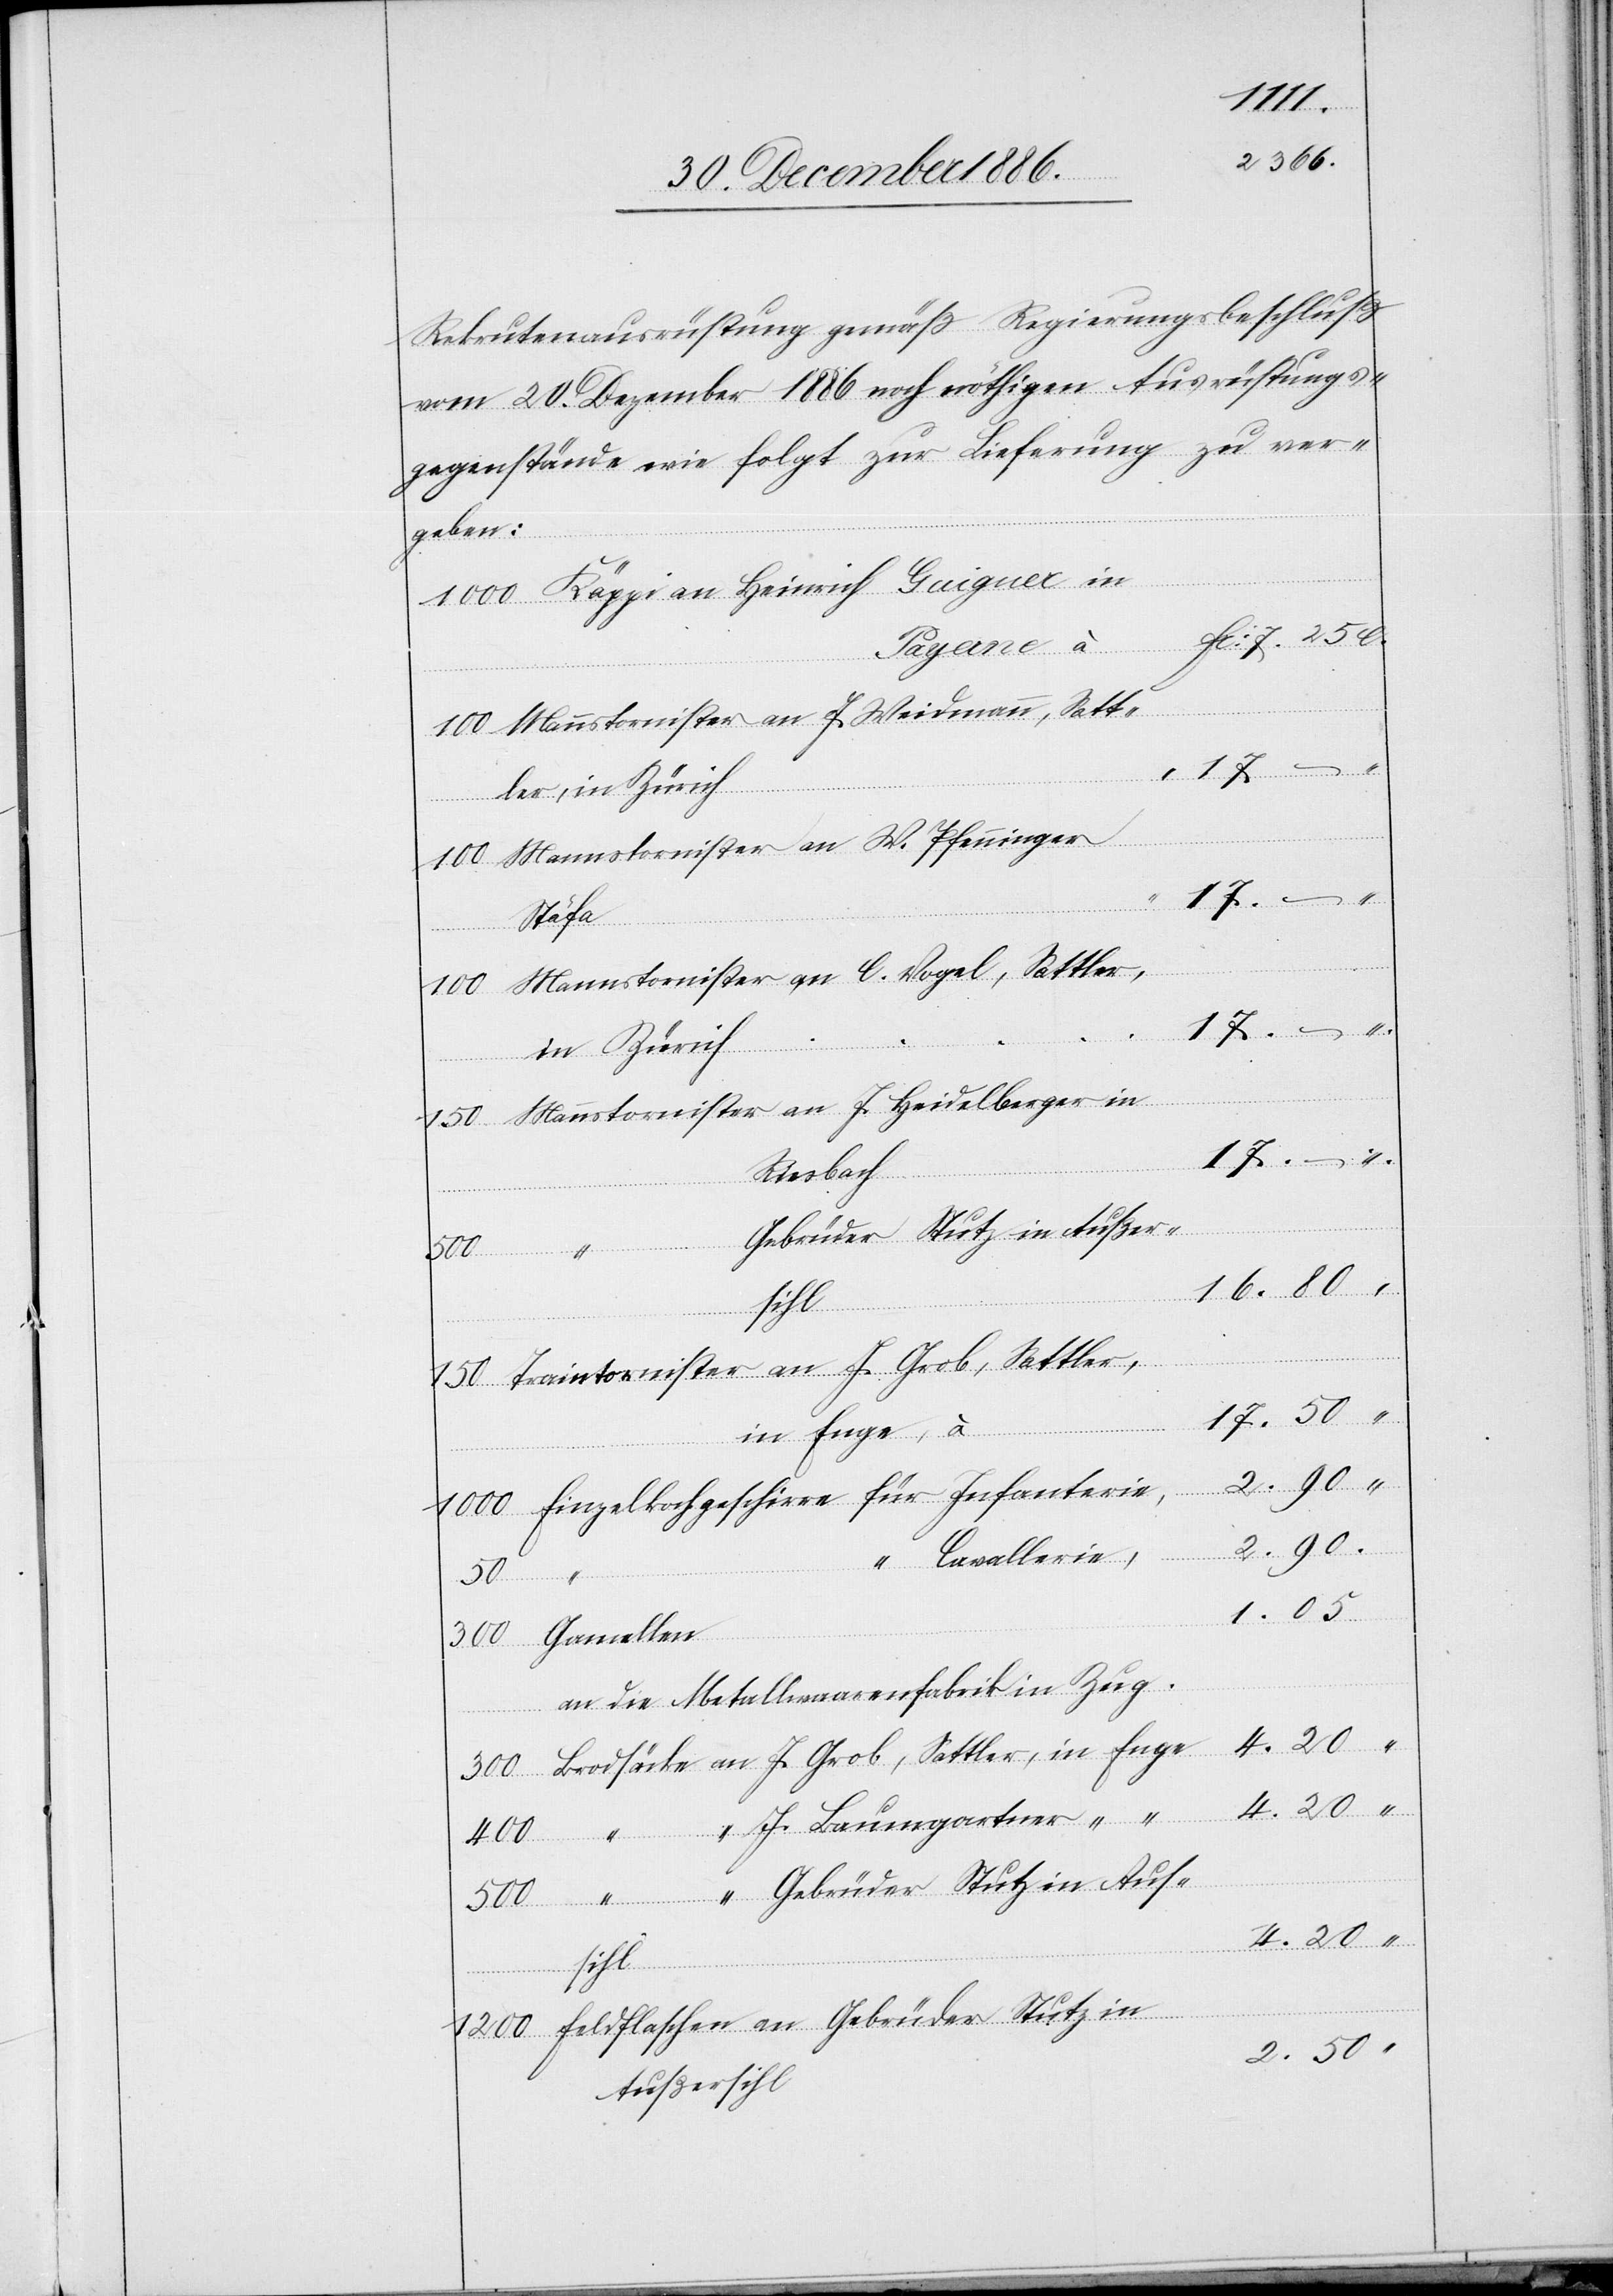
Rekrutenausrüstung gemäß Regierungsbeschluß
vom 20. Dezember 1886 noch nöthigen Ausrüstungs¬
gegenstände wie folgt zur Lieferung zu ver¬
geben:
7.25 c.
Mannstornister an J. Weidmann, Satt¬
ler, in Zürich
Mannstornister an W. Pfenninger,
Stäfa
17.50
in
Mannstornister an J. Heidelberger in
Riesbach
Gebrüder Stutz in Außer¬
16.80 “
150
sihl
Traintornister an J. Grob, Sattler,
in Enge, à
Einzelkochgeschirre für Infanterie,
2.90
“ Cavallerie,
len
300
an die Metallwaarenfabrik in Zug.
Brodsäcke an J. Grob, Sattler, in Enge
4.20 “
“ “ J. Baumgartner “ “
1200
“ Gebrüder Stutz in Aus¬
Feldflaschen an Gebrüder Stutz in
Außersihl